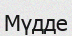
Мүдде